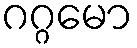
ဂဂ္ဂမော